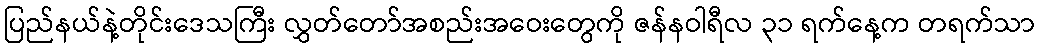
ပြည်နယ်နဲ့တိုင်းဒေသကြီး လွှတ်တော်အစည်းအဝေးတွေကို ဇန်နဝါရီလ ၃၁ ရက်နေ့က တရက်သာ